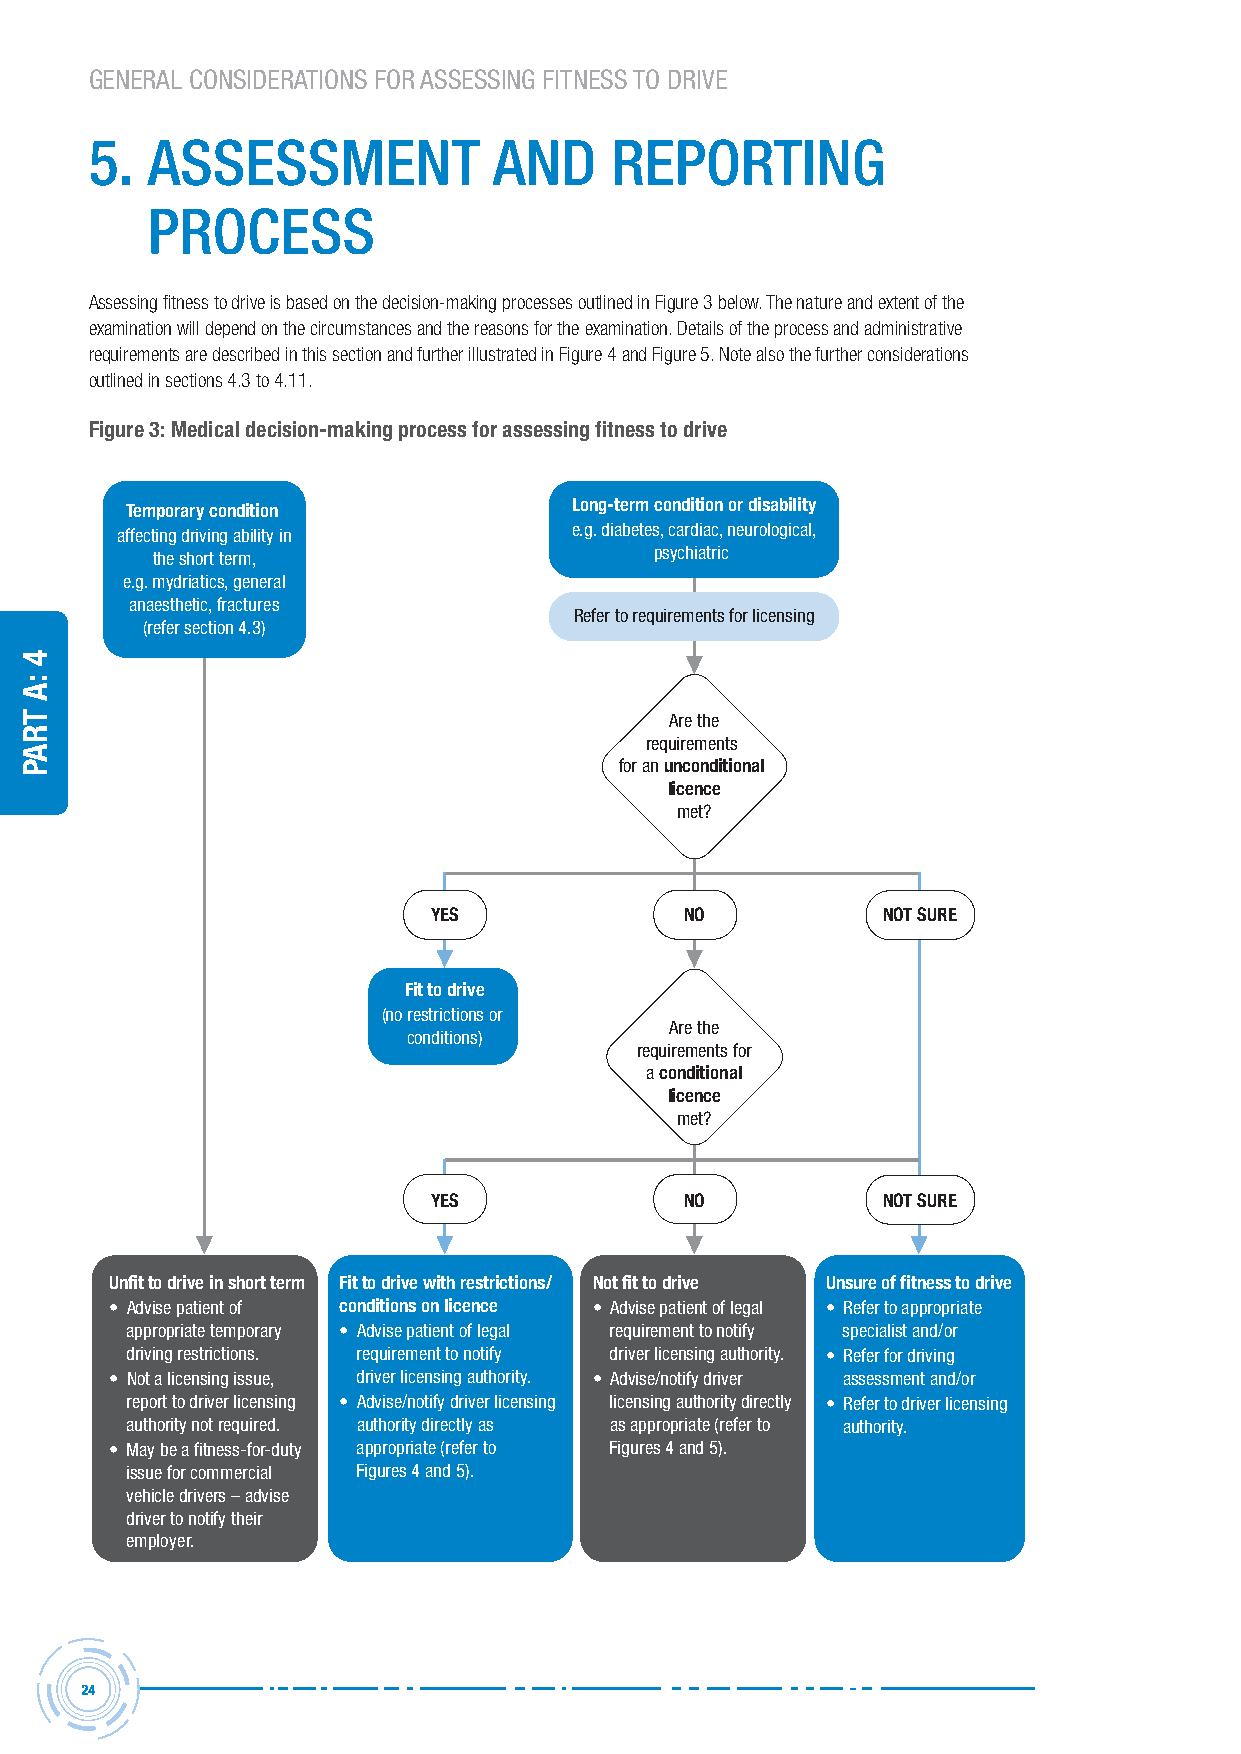
GENERAL CONSIDERATIONS FOR ASSESSING FITNESS TO DRIVE
 5.  AssessMent             AnD    rePorting
 Process
 Assessing fitness to drive is based on the decision-making processes outlined in Figure 3 below. The nature and extent of the
 examination will depend on the circumstances and the reasons for the examination. Details of the process and administrative
 requirements are described in this section and further illustrated in Figure 4 and Figure 5. Note also the further considerations
 outlined in sections 4.3 to 4.11.
 Figure 3: Medical decision-making process for assessing fitness to drive
 Temporary condition           Long-term condition or disability
 affecting driving ability in  e.g. diabetes, cardiac, neurological,
 the short term,                  psychiatric
 e.g. mydriatics, general
 anaesthetic, fractures
 Refer to requirements for licensing
 (refer section 4.3)
 Are the
 requirements
 for an unconditional
 licence
 met?
 YES              NO           NOT SURE
 Fit to drive
 (no restrictions or
 Are the
 conditions)
 requirements for
 a conditional
 licence
 met?
 YES              NO           NOT SURE
 Unfit to drive in short term Fit to drive with restrictions/ Not fit to drive Unsure of fitness to drive
 • Advise patient of conditions on licence • Advise patient of legal • Refer to appropriate
 appropriate temporary • Advise patient of legal requirement to notify specialist and/or
 driving restrictions. requirement to notify driver licensing authority. • Refer for driving
 • Not a licensing issue, driver licensing authority. • Advise/notify driver assessment and/or
 report to driver licensing • Advise/notify driver licensing licensing authority directly • Refer to driver licensing
 authority not required. authority directly as as appropriate (refer to authority.
 • May be a fitness-for-duty appropriate (refer to Figures 4 and 5).
 issue for commercial Figures 4 and 5).
 vehicle drivers – advise
 driver to notify their
 employer.
 24
 4
 :a
 traP